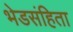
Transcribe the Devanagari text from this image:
भेडसंहिता